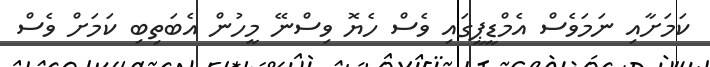
ކަމަށާއި ނަމަވެސް އެމްޑީޕީގައި ވެސް ހެޔޮ ވިސްނޭ މީހުން އެބަތިބި ކަމަށް ވެސް